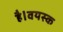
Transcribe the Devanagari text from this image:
है।वयस्क